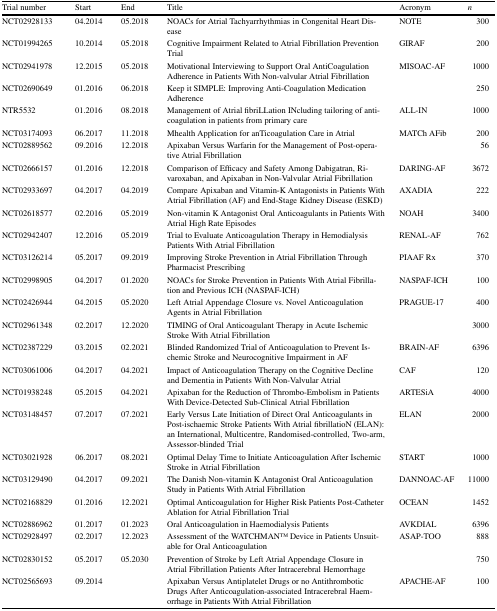
<table><thead><tr><td><b>Trial number</b></td><td><b>Start</b></td><td><b>End</b></td><td><b>Title</b></td><td><b>Acronym</b></td><td><b><i>n</i></b></td></tr></thead><tbody><tr><td>NCT02928133</td><td>04.2014</td><td>05.2018</td><td>NOACs for Atrial Tachyarrhythmias in Congenital Heart Disease</td><td>NOTE</td><td>300</td></tr><tr><td>NCT01994265</td><td>10.2014</td><td>05.2018</td><td>Cognitive Impairment Related to Atrial Fibrillation Prevention Trial</td><td>GIRAF</td><td>200</td></tr><tr><td>NCT02941978</td><td>12.2015</td><td>05.2018</td><td>Motivational Interviewing to Support Oral AntiCoagulation Adherence in Patients With Non-valvular Atrial Fibrillation</td><td>MISOAC-AF</td><td> 1000</td></tr><tr><td>NCT02690649</td><td>01.2016</td><td>06.2018</td><td>Keep it SIMPLE: Improving Anti-Coagulation Medication Adherence</td><td></td><td>250</td></tr><tr><td>NTR5532</td><td>01.2016</td><td>08.2018</td><td>Management of Atrial fibriLLation INcluding tailoring of anticoagulation in patients from primary care</td><td>ALL-IN</td><td> 1000</td></tr><tr><td>NCT03174093</td><td>06.2017</td><td>11.2018</td><td>Mhealth Application for anTicoagulation Care in Atrial</td><td>MATCh AFib</td><td>200</td></tr><tr><td>NCT02889562</td><td>09.2016</td><td>12.2018</td><td>Apixaban Versus Warfarin for the Management of Post-operative Atrial Fibrillation</td><td></td><td>56</td></tr><tr><td>NCT02666157</td><td>01.2016</td><td>12.2018</td><td>Comparison of Efficacy and Safety Among Dabigatran, Rivaroxaban, and Apixaban in Non-Valvular Atrial Fibrillation</td><td>DARING-AF</td><td> 3672</td></tr><tr><td>NCT02933697</td><td>04.2017</td><td>04.2019</td><td>Compare Apixaban and Vitamin-K Antagonists in Patients With Atrial Fibrillation (AF) and End-Stage Kidney Disease (ESKD)</td><td>AXADIA</td><td>222</td></tr><tr><td>NCT02618577</td><td>02.2016</td><td>05.2019</td><td>Non-vitamin K Antagonist Oral Anticoagulants in Patients With Atrial High Rate Episodes</td><td>NOAH</td><td> 3400</td></tr><tr><td>NCT02942407</td><td>12.2016</td><td>05.2019</td><td>Trial to Evaluate Anticoagulation Therapy in Hemodialysis Patients With Atrial Fibrillation</td><td>RENAL-AF</td><td>762</td></tr><tr><td>NCT03126214</td><td>05.2017</td><td>09.2019</td><td>Improving Stroke Prevention in Atrial Fibrillation Through Pharmacist Prescribing</td><td>PIAAF Rx</td><td>370</td></tr><tr><td>NCT02998905</td><td>04.2017</td><td>01.2020</td><td>NOACs for Stroke Prevention in Patients With Atrial Fibrillation and Previous ICH (NASPAF-ICH)</td><td>NASPAF-ICH</td><td>100</td></tr><tr><td>NCT02426944</td><td>04.2015</td><td>05.2020</td><td>Left Atrial Appendage Closure vs. Novel Anticoagulation Agents in Atrial Fibrillation</td><td>PRAGUE-17</td><td>400</td></tr><tr><td>NCT02961348</td><td>02.2017</td><td>12.2020</td><td>TIMING of Oral Anticoagulant Therapy in Acute Ischemic Stroke With Atrial Fibrillation</td><td></td><td> 3000</td></tr><tr><td>NCT02387229</td><td>03.2015</td><td>02.2021</td><td>Blinded Randomized Trial of Anticoagulation to Prevent Ischemic Stroke and Neurocognitive Impairment in AF</td><td>BRAIN-AF</td><td> 6396</td></tr><tr><td>NCT03061006</td><td>04.2017</td><td>04.2021</td><td>Impact of Anticoagulation Therapy on the Cognitive Decline and Dementia in Patients With Non-Valvular Atrial</td><td>CAF</td><td>120</td></tr><tr><td>NCT01938248</td><td>05.2015</td><td>04.2021</td><td>Apixaban for the Reduction of Thrombo-Embolism in Patients With Device-Detected Sub-Clinical Atrial Fibrillation</td><td>ARTESiA</td><td> 4000</td></tr><tr><td>NCT03148457</td><td>07.2017</td><td>07.2021</td><td>Early Versus Late Initiation of Direct Oral Anticoagulants in Post-ischaemic Stroke Patients With Atrial fibrillatioN (ELAN): an International, Multicentre, Randomised-controlled, Two-arm, Assessor-blinded Trial</td><td>ELAN</td><td> 2000</td></tr><tr><td>NCT03021928</td><td>06.2017</td><td>08.2021</td><td>Optimal Delay Time to Initiate Anticoagulation After Ischemic Stroke in Atrial Fibrillation</td><td>START</td><td> 1000</td></tr><tr><td>NCT03129490</td><td>04.2017</td><td>09.2021</td><td>The Danish Non-vitamin K Antagonist Oral Anticoagulation Study in Patients With Atrial Fibrillation</td><td>DANNOAC-AF</td><td>11000</td></tr><tr><td>NCT02168829</td><td>01.2016</td><td>12.2021</td><td>Optimal Anticoagulation for Higher Risk Patients Post-Catheter Ablation for Atrial Fibrillation Trial</td><td>OCEAN</td><td> 1452</td></tr><tr><td>NCT02886962</td><td>01.2017</td><td>01.2023</td><td>Oral Anticoagulation in Haemodialysis Patients</td><td>AVKDIAL</td><td> 6396</td></tr><tr><td>NCT02928497</td><td>02.2017</td><td>12.2023</td><td>Assessment of the WATCHMANTM Device in Patients Unsuitable for Oral Anticoagulation</td><td>ASAP-TOO</td><td>888</td></tr><tr><td>NCT02830152</td><td>05.2017</td><td>05.2030</td><td>Prevention of Stroke by Left Atrial Appendage Closure in Atrial Fibrillation Patients After Intracerebral Hemorrhage</td><td></td><td>750</td></tr><tr><td>NCT02565693</td><td>09.2014</td><td></td><td>Apixaban Versus Antiplatelet Drugs or no Antithrombotic Drugs After Anticoagulation-associated Intracerebral Haemorrhage in Patients With Atrial Fibrillation</td><td>APACHE-AF</td><td>100</td></tr></tbody></table>